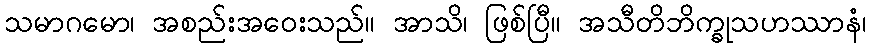
သမာဂမော၊ အစည်းအဝေးသည်။ အာသိ၊ ဖြစ်ပြီ။ အသီတိဘိက္ခုသဟဿာနံ၊